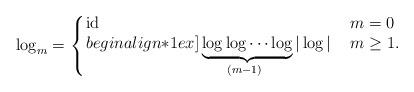
LaTeX: \begin{align*}\log_m=\left\{\!\!\begin{array}{ll}\mathrm{id}&\ m=0\\begin{align*}1ex]\underbrace{\log\log\cdots\log}_{(m-1)\ }|\log|&\ m\ge1.\end{array}\right.\end{align*}